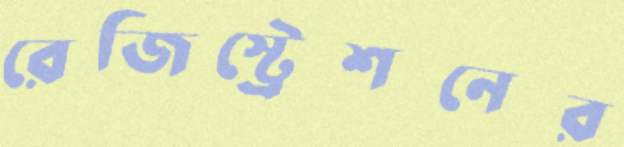
রেজিস্ট্রেশনের